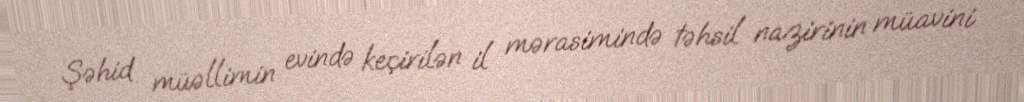
Şəhid müəllimin evində keçirilən il mərasimində təhsil nazirinin müavini